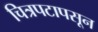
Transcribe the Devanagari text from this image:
चित्रपटापसून